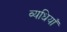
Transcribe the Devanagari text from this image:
व्यधियाँ